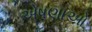
એષણાઓ